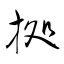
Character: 拠